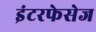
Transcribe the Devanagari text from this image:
इंटरफेसेज